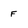
Character: F